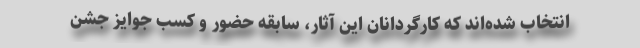
انتخاب شده‌اند که کارگردانان این آثار، سابقه حضور و کسب جوایز جشن